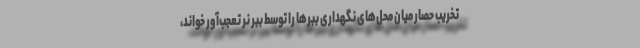
تخریب حصار میان محل‌های نگهداری ببرها را توسط ببر نر تعجب‌آور خواند،